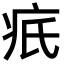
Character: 疧